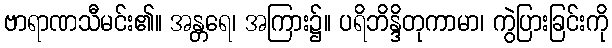
ဗာရာဏသီမင်း၏။ အန္တရေ၊ အကြား၌။ ပရိဘိန္ဒိတုကာမာ၊ ကွဲပြားခြင်းကို